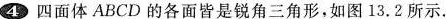
4 四面体ABCD的各面皆是锐角三角形，如图13.2所示.